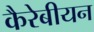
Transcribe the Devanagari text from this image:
कैरेबीयन